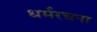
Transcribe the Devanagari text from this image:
धर्मरचना